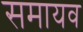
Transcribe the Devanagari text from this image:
समायव